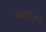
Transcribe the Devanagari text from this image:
सन्डवॅकचे